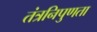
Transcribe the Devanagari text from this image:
तंत्रनिपुणता